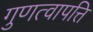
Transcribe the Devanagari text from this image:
गुणत्वापत्ति